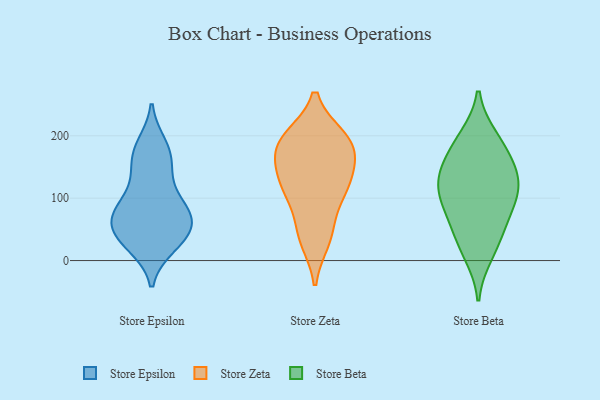
{"axis": {"x": "Website Visitors", "y": "Value"}, "legend": ["Store Beta", "Store Epsilon", "Store Zeta"], "data": [{"x": "", "y": 165, "type": "Store Epsilon"}, {"x": "", "y": 33, "type": "Store Epsilon"}, {"x": "", "y": 29, "type": "Store Epsilon"}, {"x": "", "y": 77, "type": "Store Epsilon"}, {"x": "", "y": 81, "type": "Store Epsilon"}, {"x": "", "y": 149, "type": "Store Epsilon"}, {"x": "", "y": 95, "type": "Store Epsilon"}, {"x": "", "y": 24, "type": "Store Epsilon"}, {"x": "", "y": 76, "type": "Store Epsilon"}, {"x": "", "y": 177, "type": "Store Epsilon"}, {"x": "", "y": 126, "type": "Store Epsilon"}, {"x": "", "y": 185, "type": "Store Epsilon"}, {"x": "", "y": 69, "type": "Store Epsilon"}, {"x": "", "y": 64, "type": "Store Epsilon"}, {"x": "", "y": 43, "type": "Store Epsilon"}, {"x": "", "y": 49, "type": "Store Epsilon"}, {"x": "", "y": 119, "type": "Store Zeta"}, {"x": "", "y": 116, "type": "Store Zeta"}, {"x": "", "y": 33, "type": "Store Zeta"}, {"x": "", "y": 51, "type": "Store Zeta"}, {"x": "", "y": 114, "type": "Store Zeta"}, {"x": "", "y": 196, "type": "Store Zeta"}, {"x": "", "y": 187, "type": "Store Zeta"}, {"x": "", "y": 169, "type": "Store Zeta"}, {"x": "", "y": 157, "type": "Store Zeta"}, {"x": "", "y": 197, "type": "Store Zeta"}, {"x": "", "y": 10, "type": "Store Beta"}, {"x": "", "y": 197, "type": "Store Beta"}, {"x": "", "y": 115, "type": "Store Beta"}, {"x": "", "y": 150, "type": "Store Beta"}, {"x": "", "y": 104, "type": "Store Beta"}, {"x": "", "y": 92, "type": "Store Beta"}, {"x": "", "y": 31, "type": "Store Beta"}, {"x": "", "y": 128, "type": "Store Beta"}, {"x": "", "y": 192, "type": "Store Beta"}, {"x": "", "y": 52, "type": "Store Beta"}, {"x": "", "y": 135, "type": "Store Beta"}, {"x": "", "y": 77, "type": "Store Beta"}, {"x": "", "y": 163, "type": "Store Beta"}]}